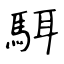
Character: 駬